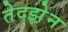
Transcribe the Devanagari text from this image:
तेदझ़ेन